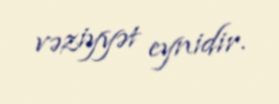
vəziyyət eynidir.